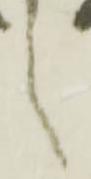
之